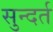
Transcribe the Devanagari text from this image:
सुन्दर्त